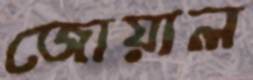
জোয়াল